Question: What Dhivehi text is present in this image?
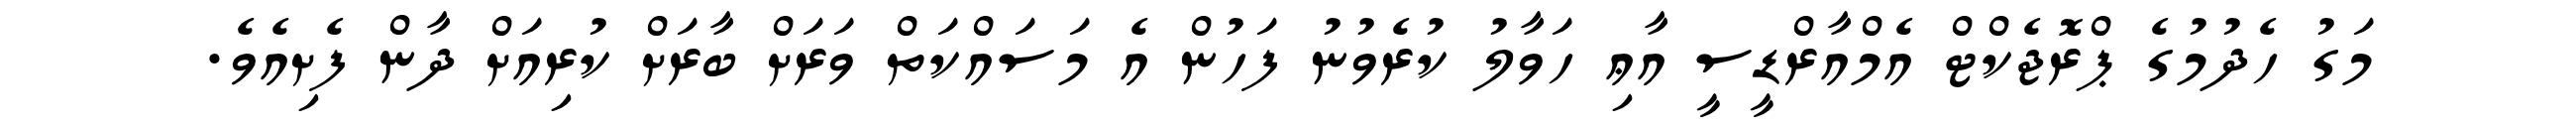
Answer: މަގު ހެދުމުގެ ޕްރޮޖެކްޓް އެމްއާރްޑީސީ އާޢި ހަވާލު ކުރެވުނު ފަހުން އެ މަސައްކަތް ވަރަށް ބާރަށް ކުރިއަށް ދާން ފެށިއެވެ.